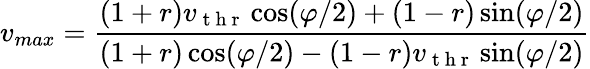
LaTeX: v_{max}=\frac{(1+r)v_{\mathrm{~t~h~r~}}\cos(\varphi/2)+(1-r)\sin(\varphi/2)}{(1+r)\cos(\varphi/2)-(1-r)v_{\mathrm{~t~h~r~}}\sin(\varphi/2)}